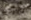
خيانته